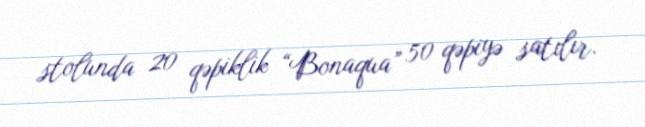
stolunda 20 qəpiklik “Bonaqua” 50 qəpiyə satılır.